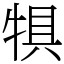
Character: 犋